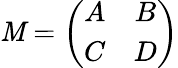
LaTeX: \mathit{M}=\left(\begin{array}{cc}{{A}}&{{B}}\\ {{C}}&{{D}}\end{array}\right)